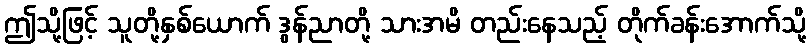
ဤသို့ဖြင့် သူတို့နှစ်ယောက် ဒွန်ညာတို့ သားအမိ တည်းနေသည့် တိုက်ခန်းအောက်သို့